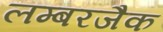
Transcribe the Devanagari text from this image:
लम्बरजैक